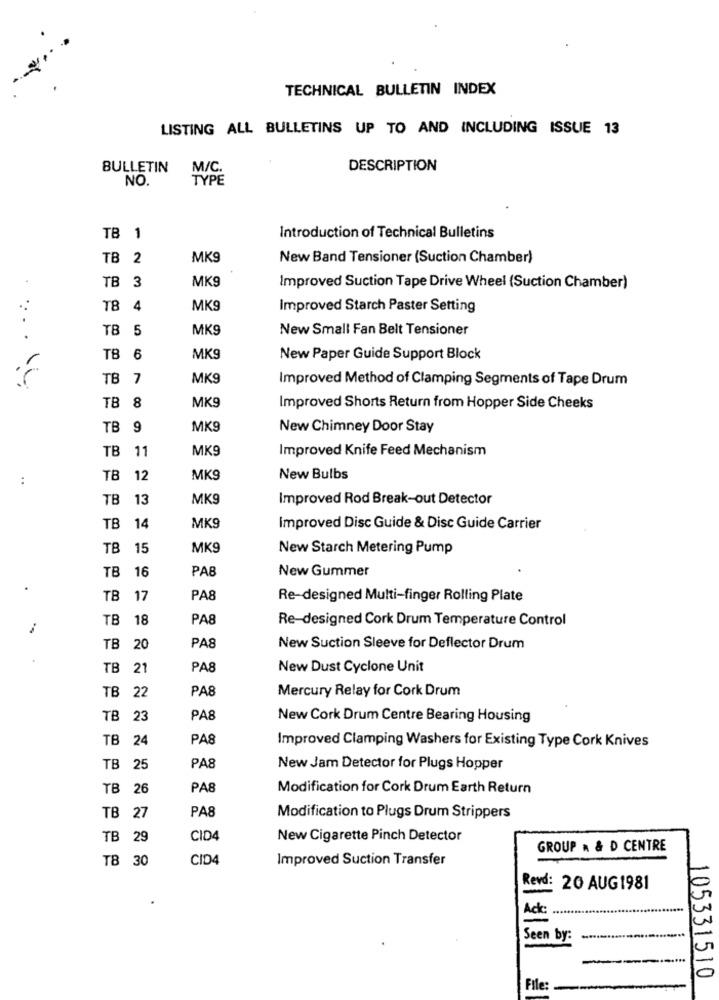
TECHNICAL BULLETIN INDEX
LISTING ALL BULLETINS UP TO AND INCLUDING ISSUE 13
BULLETIN
M/C.
DESCRIPTION
NO.
TYPE
Introduction of Technical Bulletins
TB 1
TB 2
MK9
New Band Tensioner (Suction Chamber)
MK9
TB 3
Improved Suction Tape Drive Wheel (Suction Chamber)
TB 4
MK9
Improved Starch Paster Setting
TB 5
MK9
New Small Fan Belt Tensioner
TB 6
MK9
New Paper Guide Support Block
TB 7
MK9
Improved Method of Clamping Segments of Tape Drum
... . .
MK9
TB 8
Improved Shorts Return from Hopper Side Cheeks
TB 9
MK9
New Chimney Door Stay
TB 11
MK9
Improved Knife Feed Mechanism
:
TB 12
MK9
New Bulbs
TB
13
MK9
Improved Rod Break-out Detector
TB 14
MK9
Improved Disc Guide & Disc Guide Carrier
TB 15
MK9
New Starch Metering Pump
16
PA8
New Gummer
TB
TB
17
PA8
Re-designed Multi-finger Rolling Plate
TB 18
PA8
Re-designed Cork Drum Temperature Control
TB 20
PA8
New Suction Sleeve for Deflector Drum
TB 21
PA8
New Dust Cyclone Unit
TB 22
PA8
Mercury Relay for Cork Drum
TB 23
PA8
New Cork Drum Centre Bearing Housing
TB 24
PAS
Improved Clamping Washers for Existing Type Cork Knives
TB 25
PA8
New Jam Detector for Plugs Hopper
TB 26
PA8
Modification for Cork Drum Earth Return
PA8
TB 27
Modification to Plugs Drum Strippers
TB 29
CID4
New Cigarette Pinch Detector
GROUP . & D CENTRE
TB 30
CID4
Improved Suction Transfer
Revd: 20 AUG1981
Seen by:
105331510
File: